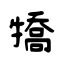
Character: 犞